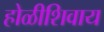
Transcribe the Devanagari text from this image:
होळीशिवाय